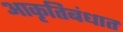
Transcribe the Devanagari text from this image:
आकृतिबंधात